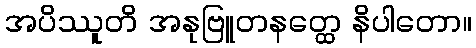
အပိဿူတိ အနုဗြူတနတ္ထေ နိပါတော။